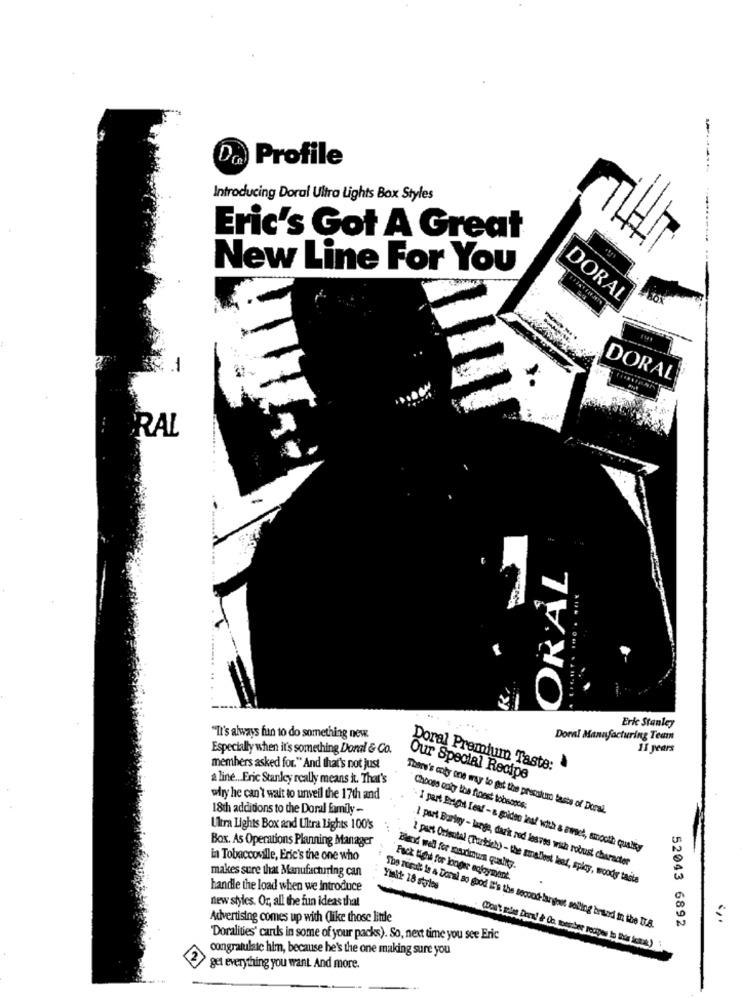
Da Profile
Introducing Doral Ultra Lights Box Styles
Eric's Got A Great
New Line For You
DORAL
DORAL
RAL
ORAL
R ...
Eric Stanley
"It's always fun to do something new
Doral Manufacturing Team
Especially when it's something Doral & Co.
11 years
members asked for." And that's not just
Doral Premium Taste:
a line ... Eric Stanley really means it. That's
Our Special Recipe
wiry he can't wait to unveil the 17th and
18ch additions to the Doral family-
There's coty one way to get the presolur taste of Doral.
Choose only the finest tobsos;
Ultra Lights Box and Ultra Lights 100's
Box. As Operations Planning Manager
I part Bright Leaf - & goidee jest with a amsel, smooth qualky
in Tobaccoville, Eric's the one who
makes sure that Manufacturing can
.1 part Bariny - large, dark red lesves with robust character
Fack tight for longer enjoyment.
2 pars Oriental (Partieh) - the smallest leef, splay, woody taste
handle the load when we introduce
Yialt: 18 styles
new styles. Or, all the fun ideas that
Advertising comes up with (like those little
52043 6892
The rest is a Donal so good It's the second-largest seling brand in the Dr.8.
"Doralives' cards in some of your packs). So, next time you see Eric
congratulate him, because he's the one making sure you
get everything you want And more.